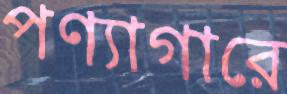
পণ্যাগারে